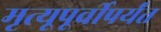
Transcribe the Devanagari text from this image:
मृत्यूपूर्वीपर्यंत